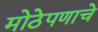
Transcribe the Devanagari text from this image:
मोठेपणाचे